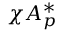
\chi A _ { p } ^ { * }